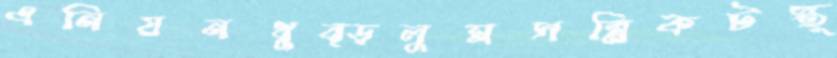
এনিয়নথুব্‌ড়লুমসন্নিকটস্থ্